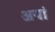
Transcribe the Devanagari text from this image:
अयां